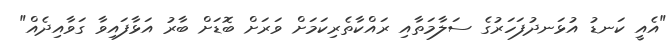
"އެއީ ކަނޑު އުޅަނދުފަހަރުގެ ސަލާމަތާއި ރައްކާތެރިކަމަށް ވަރަށް ބޮޑަށް ބާރު އަޅާފައިވާ ގަވާއިދެއް"